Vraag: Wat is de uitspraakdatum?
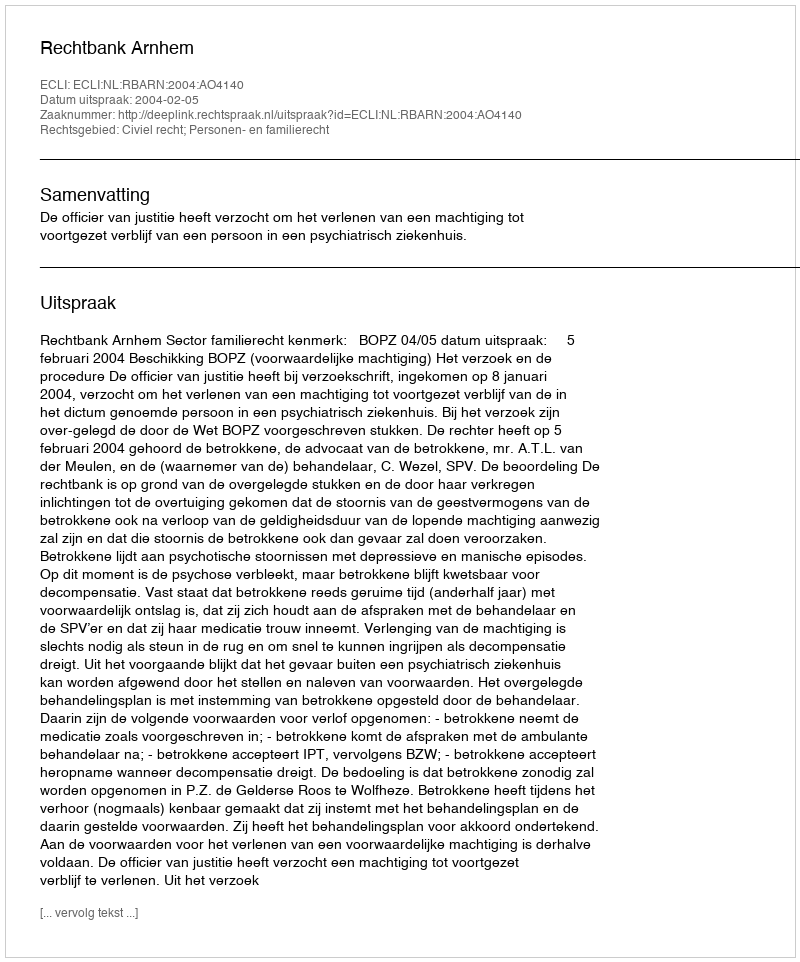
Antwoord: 2004-02-05